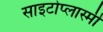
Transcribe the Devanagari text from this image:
साइटोप्लास्मी